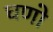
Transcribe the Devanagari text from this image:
घणो